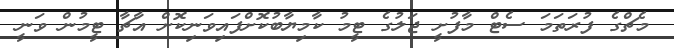
މެޗްގެ ފުރަތަމަ ސެޓް މާފުށީ ޖަލުގެ ޓީމު ކާމިޔާބުކޮށްފައިވަނިކޮށް އާޗާ ޓީމުން ވަނީ